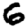
Digit: 6